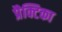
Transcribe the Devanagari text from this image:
प्रैक्टिका